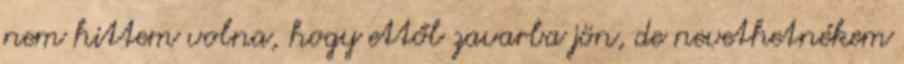
nem hittem volna, hogy ettől zavarba jön, de nevethetnékem